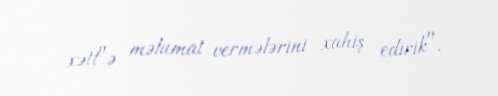
xətt"ə məlumat vermələrini xahiş edirik".